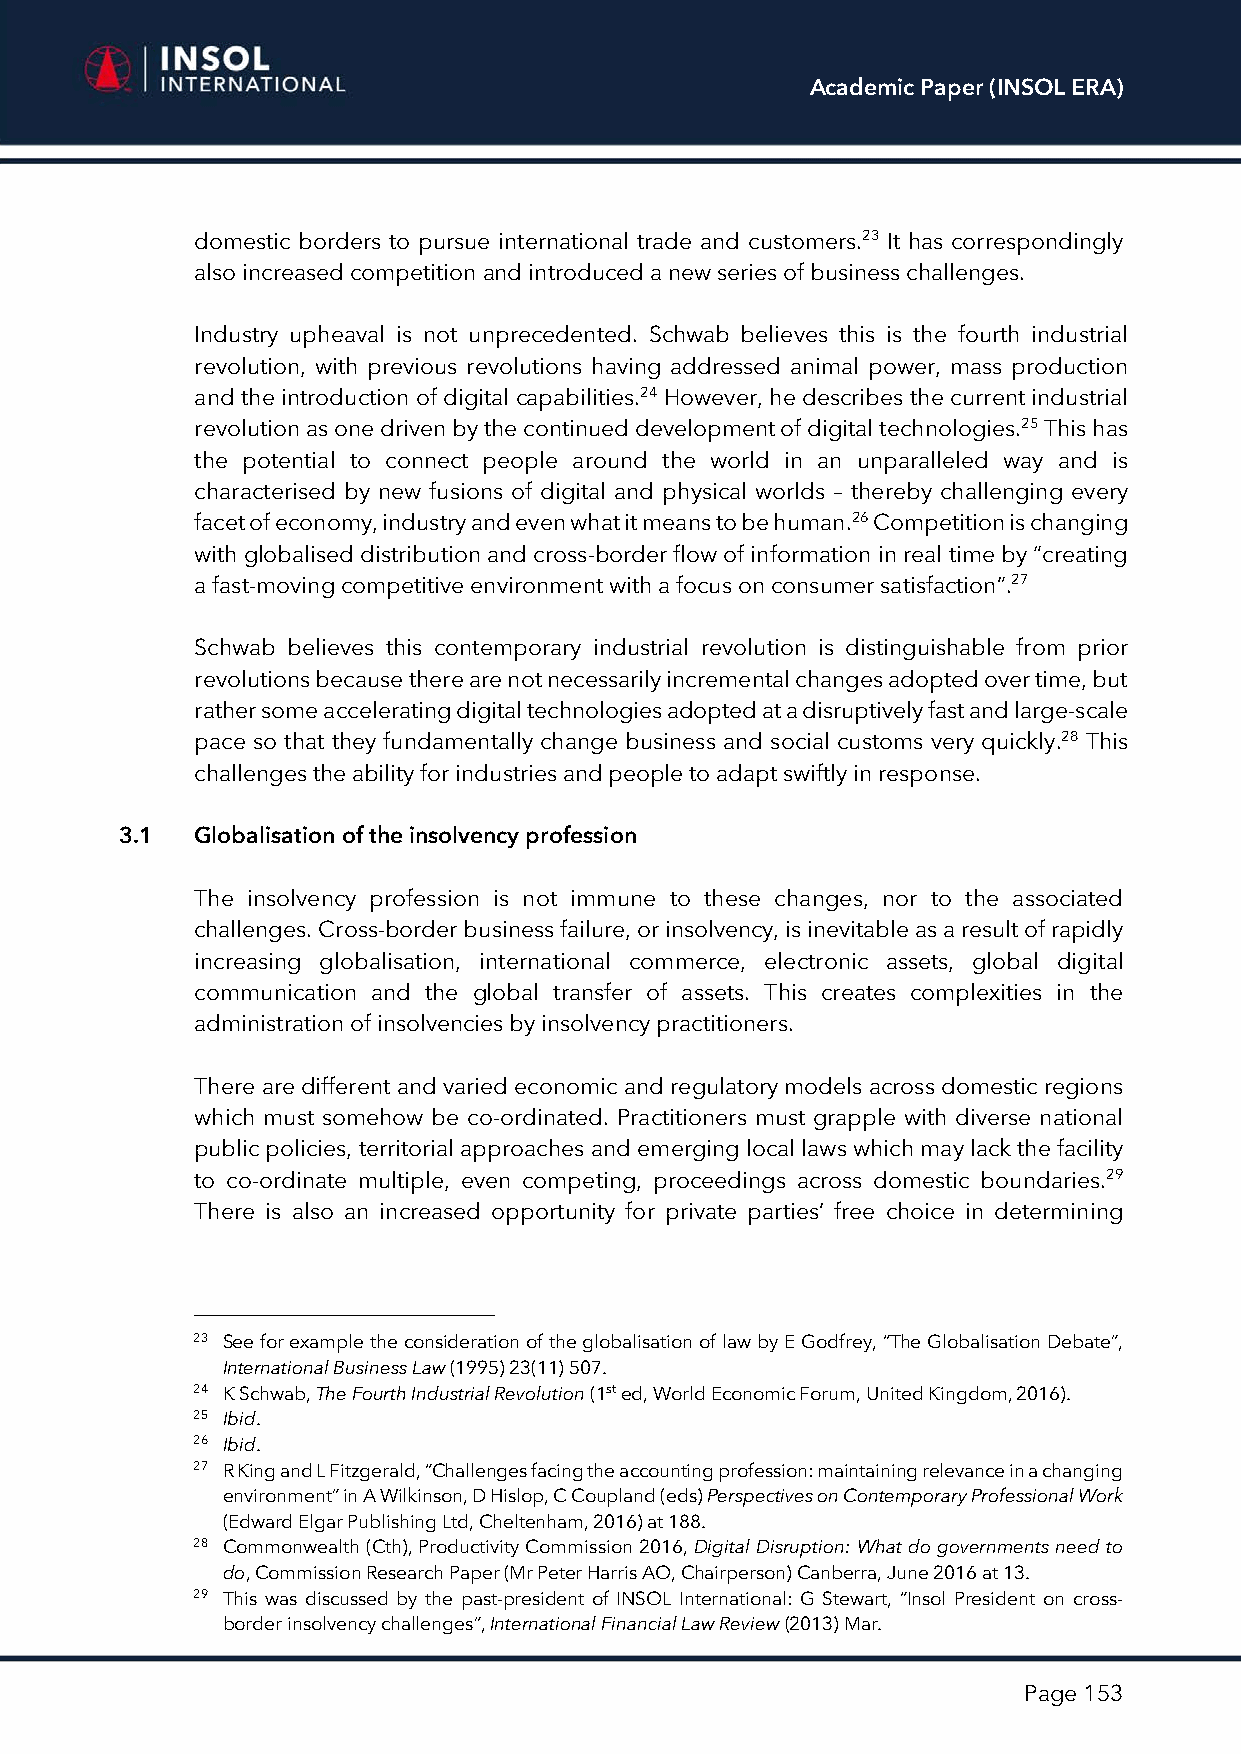
Academic Paper (INSOL ERA)
 domestic borders to pursue international trade and customers.23 It has correspondingly
 also increased competition and introduced a new series of business challenges.
 Industry upheaval is not unprecedented. Schwab believes this is the fourth industrial
 revolution, with previous revolutions having addressed animal power, mass production
 and the introduction of digital capabilities.24 However, he describes the current industrial
 revolution as one driven by the continued development of digital technologies.25 This has
 the potential to connect people around the world in an unparalleled way and is
 characterised by new fusions of digital and physical worlds – thereby challenging every
 facet of economy, industry and even what it means to be human.26 Competition is changing
 with globalised distribution and cross-border flow of information in real time by “creating
 a fast-moving competitive environment with a focus on consumer satisfaction”.27
 Schwab believes this contemporary industrial revolution is distinguishable from prior
 revolutions because there are not necessarily incremental changes adopted over time, but
 rather some accelerating digital technologies adopted at a disruptively fast and large-scale
 pace so that they fundamentally change business and social customs very quickly.28 This
 challenges the ability for industries and people to adapt swiftly in response.
 3.1  Globalisation of the insolvency profession
 The insolvency profession is not immune to these changes, nor to the associated
 challenges. Cross-border business failure, or insolvency, is inevitable as a result of rapidly
 increasing globalisation, international commerce, electronic assets, global digital
 communication and the global transfer of assets. This creates complexities in the
 administration of insolvencies by insolvency practitioners.
 There are different and varied economic and regulatory models across domestic regions
 which must somehow be co-ordinated. Practitioners must grapple with diverse national
 public policies, territorial approaches and emerging local laws which may lack the facility
 to co-ordinate multiple, even competing, proceedings across domestic boundaries.29
 There is also an increased opportunity for private parties’ free choice in determining
 23 See for example the consideration of the globalisation of law by E Godfrey, “The Globalisation Debate”,
 International Business Law (1995) 23(11) 507.
 24 K Schwab, The Fourth Industrial Revolution (1st ed, World Economic Forum, United Kingdom, 2016).
 25 Ibid.
 26 Ibid.
 27 R King and L Fitzgerald, “Challenges facing the accounting profession: maintaining relevance in a changing
 environment” in A Wilkinson, D Hislop, C Coupland (eds) Perspectives on Contemporary Professional Work
 (Edward Elgar Publishing Ltd, Cheltenham, 2016) at 188.
 28 Commonwealth (Cth), Productivity Commission 2016, Digital Disruption: What do governments need to
 do, Commission Research Paper (Mr Peter Harris AO, Chairperson) Canberra, June 2016 at 13.
 29 This was discussed by the past-president of INSOL International: G Stewart, “Insol President on cross-
 border insolvency challenges”, International Financial Law Review (2013) Mar.
 Page 153